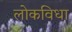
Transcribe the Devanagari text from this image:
लोकविधा